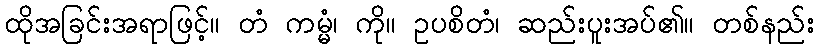
ထိုအခြင်းအရာဖြင့်။ တံ ကမ္မံ၊ ကို။ ဥပစိတံ၊ ဆည်းပူးအပ်၏။ တစ်နည်း